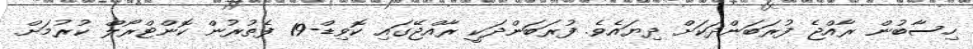
ހިސާބުން ރާއްޖެ ފުރަބަންދަކަށް ދިޔައެވެ. ފުރަބަންދަކީ ރާއްޖޭގައި ކޮވިޑް-19 ފެތުރުން ކޮންޓްރޯލް ކުރުމަށް